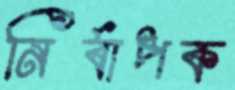
নির্বাপক